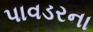
પાવડરના